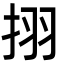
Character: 挧